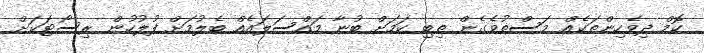
ކޮމް ދިވެހިންތަކެއް މަސްތުވެގެން ތިބި ކަމަށް ބުނާ މައްސަލައެއްް ބެލުމަށް ފުލުހުން ރިސޯޓަކަށް